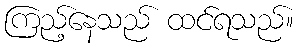
ကြည့်နေသည် ထင်ရသည်။